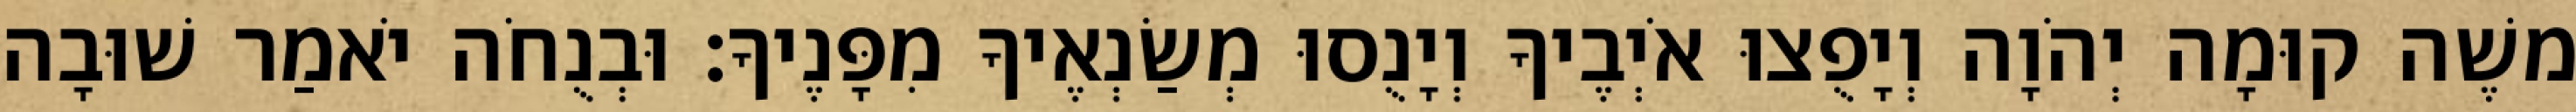
משֶׁה קוּמָה יְהֹוָה וְיָפֻצוּ אֹיְבֶיךָ וְיָנֻסוּ מְשַׂנְאֶיךָ מִפָּנֶיךָ׃ וּבְנֻחֹה יֹאמַר שׁוּבָה